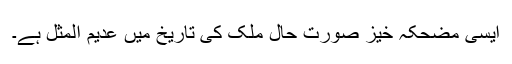
ایسی مضحکہ خیز صورت حال ملک کی تاریخ میں عدیم المثل ہے۔